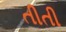
તીતી